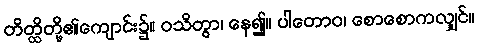
တိတ္ထိတို့၏ကျောင်း၌။ ဝသိတွာ၊ နေ၍။ ပါတောဝ၊ စောစောကလျှင်။